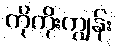
ကိုကိုးကျွန်း